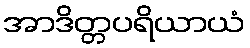
အာဒိတ္တပရိယာယံ